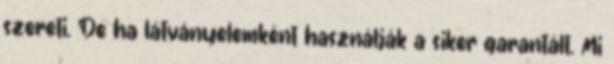
szereti. De ha látványelemként használják a siker garantált. Mi